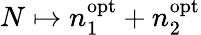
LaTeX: N\mapsto n_{1}^{\mathrm{opt}}+n_{2}^{\mathrm{opt}}